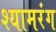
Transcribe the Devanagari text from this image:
श्यामरंग